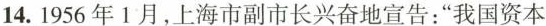
14.1956年1月，上海市副市长兴奋地宣告：”我国资本